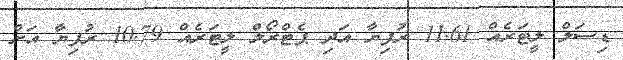
ޑިސަލް ލީޓަރެއް 11.61 ރުފިޔާ އަދި ޕެޓްރޯލް ލީޓަރެއް 10.79 ރުފިޔާ އަށް